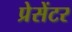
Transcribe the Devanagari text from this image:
प्रेसेंटर